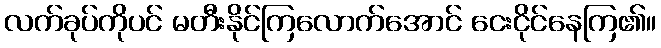
လက်ခုပ်ကိုပင် မတီးနိုင်ကြလောက်အောင် ငေးငိုင်နေကြ၏။